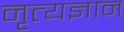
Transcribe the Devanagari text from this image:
नृत्यज्ञान